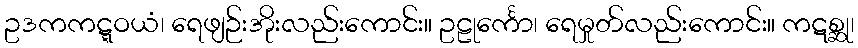
ဥဒကကဋ္ဋဝယံ၊ ရေဖျဉ်းအိုးလည်းကောင်း။ ဥဠုင်္ကော၊ ရေမှုတ်လည်းကောင်း။ ကဋစ္ဆု၊